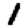
Digit: 1